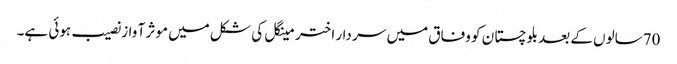
70سالوں کے بعد بلوچستا ن کو وفاق میں سر دار اختر مینگل کی شکل میں موثر آ واز نصیب ہوئی ہے۔